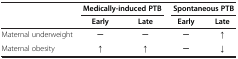
<table><thead><tr><td rowspan="2"><b> </b></td><td colspan="2"><b>Medically-induced PTB</b></td><td colspan="2"><b>Spontaneous PTB</b></td></tr><tr><td><b>Early</b></td><td><b>Late</b></td><td><b>Early</b></td><td><b>Late</b></td></tr></thead><tbody><tr><td>Maternal underweight</td><td>─</td><td>─</td><td>─</td><td>↑</td></tr><tr><td>Maternal obesity</td><td>↑</td><td>↑</td><td>─</td><td>↓</td></tr></tbody></table>